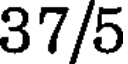
37/5